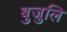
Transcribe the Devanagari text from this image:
बुजुलि